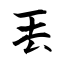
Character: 丟